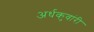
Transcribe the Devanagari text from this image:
अर्धकुवांरी